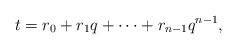
\begin{align*}t=r_0+r_1q+\cdots +r_{n-1}q^{n-1},\end{align*}